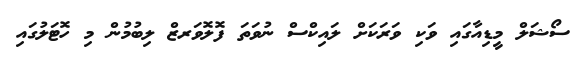
ސޯޝަލް މީޑިއާގައި ވަކި ވަރަކަށް ލައިކްސް ނުވަތަ ފޮލޮވަރޒް ލިބުމުން މި ހޮޓަލުގައި